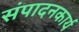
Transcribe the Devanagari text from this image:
संपादनकार्य